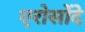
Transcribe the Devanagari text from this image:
एरोसोंदे